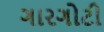
ગારગોટી